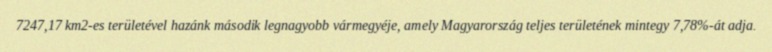
7247,17 km2-es területével hazánk második legnagyobb vármegyéje, amely Magyarország teljes területének mintegy 7,78%-át adja.